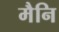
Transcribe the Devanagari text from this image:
मैनि